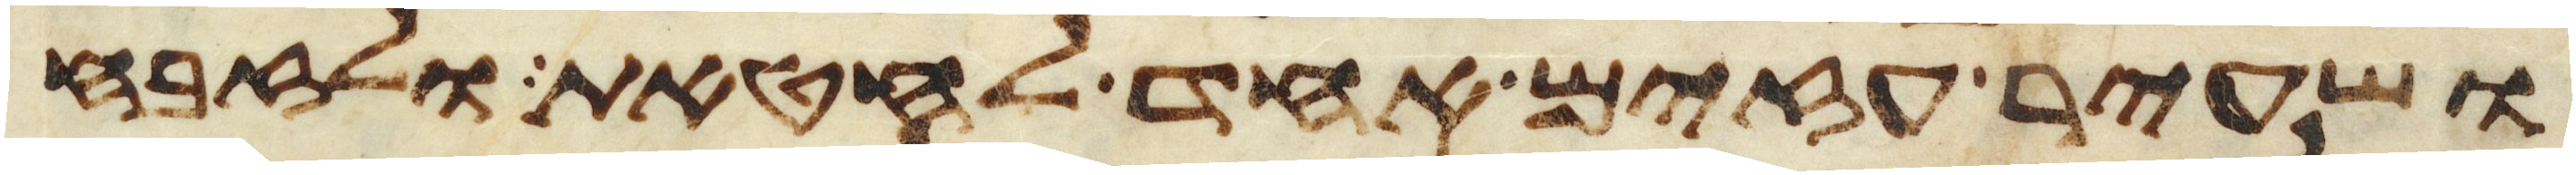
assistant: ושעיר עזים אחד לחטאת ולזבח